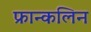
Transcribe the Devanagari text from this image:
फ्रान्कलिन